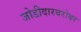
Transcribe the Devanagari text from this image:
जोडीदारबरोबर